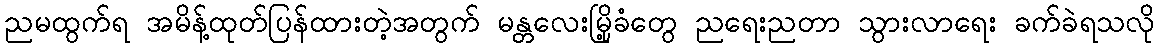
ညမထွက်ရ အမိန့်ထုတ်ပြန်ထားတဲ့အတွက် မန္တလေးမြို့ခံတွေ ညရေးညတာ သွားလာရေး ခက်ခဲရသလို